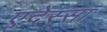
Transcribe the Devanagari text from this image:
एदेस्सा